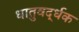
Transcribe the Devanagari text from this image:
धातुवर्द्धक